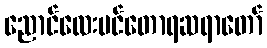
ညောင်လေးပင်တောရဆရာတော်